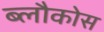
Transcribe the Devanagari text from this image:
ब्लौकोस